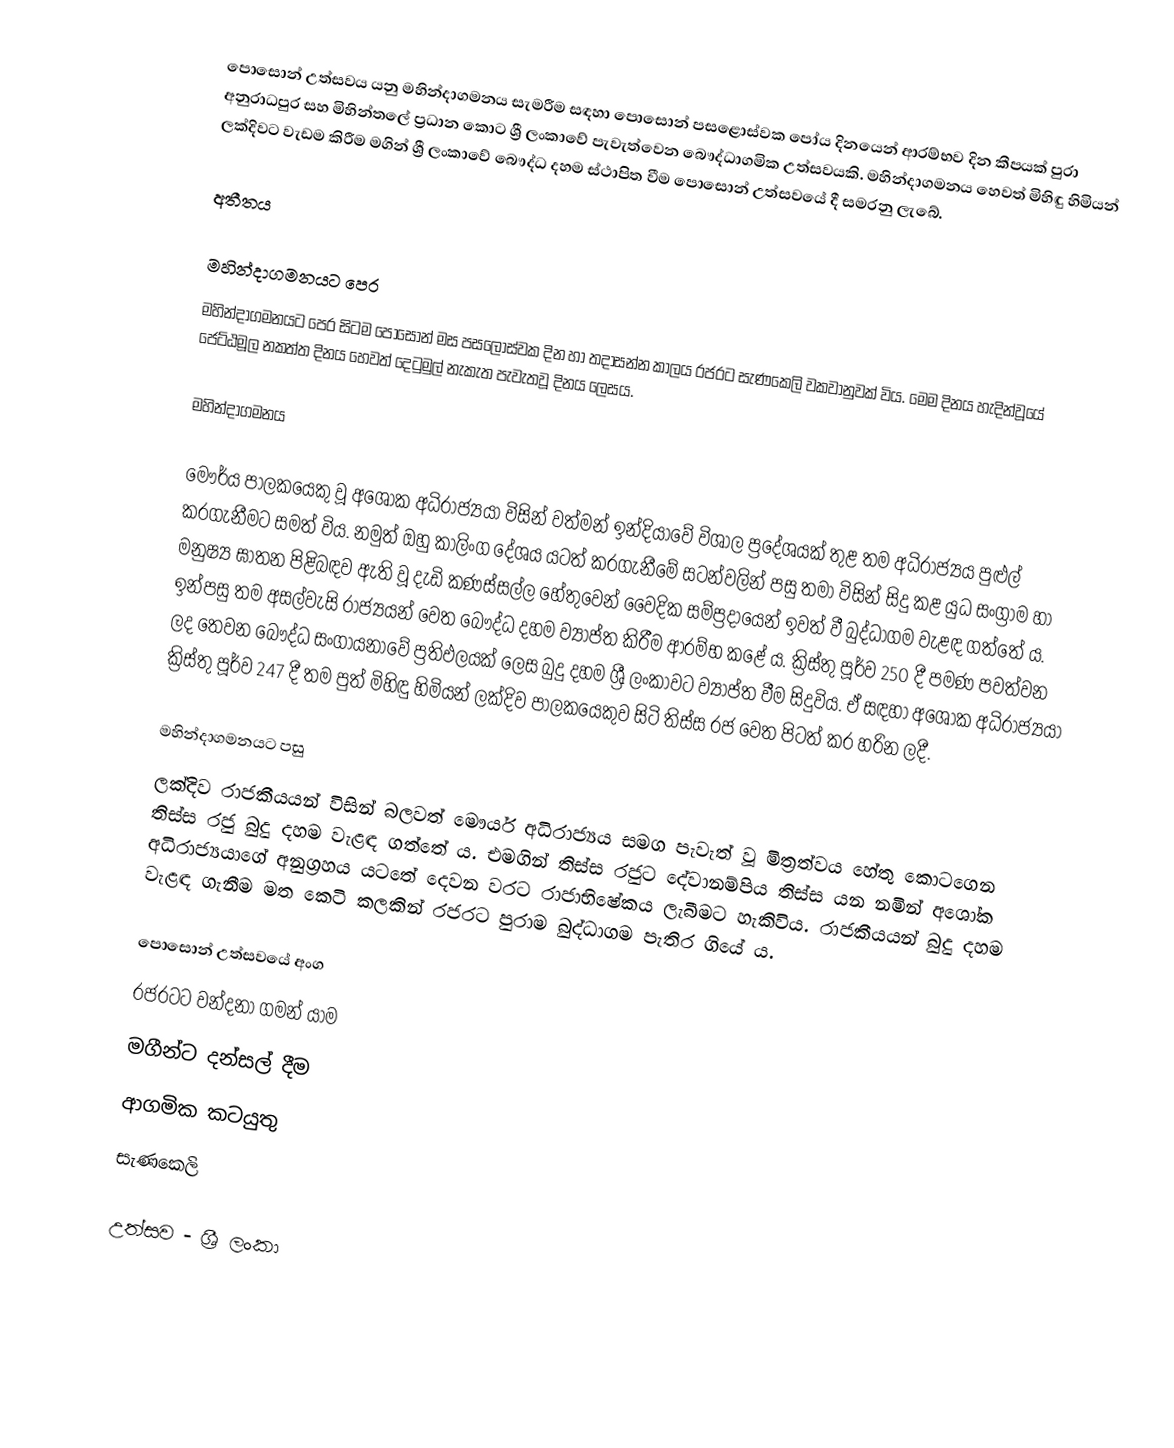
පොසොන් උත්සවය යනු මහින්දාගමනය සැමරීම සඳහා පොසොන් පසළොස්වක පෝය දිනයෙන් ආරම්භව දින කීපයක් පුරා අනුරාධපුර සහ මිහින්තලේ ප්‍රධාන කොට ශ්‍රී ලංකාවේ පැවැත්වෙන බෞද්ධාගමික උත්සවයකි. මහින්දාගමනය හෙවත් මිහිඳු හිමියන් ලක්දිවට වැඩම කිරීම මගින් ශ්‍රී ලංකාවේ බෞද්ධ දහම ස්ථාපිත වීම පොසොන් උත්සවයේ දී සමරනු ලැබේ.

අතීතය

මහින්දාගමනයට පෙර
මහින්දාගමනයට පෙර සිටම  පොසොන් මස පසලොස්වක දින හා තදාසන්න කාලය රජරට සැණකෙලි වකවානුවක් විය. මෙම දිනය හැදින්වූයේ ජෙට්ඨමූල නකත්ත දිනය හෙවත් දෙටුමුල් නැකැත පැවැතවූ දිනය ලෙසය.

මහින්දාගමනය

මෞර්ය පාලකයෙකු වූ අශෝක අධිරාජ්‍යයා විසින් වත්මන් ඉන්දියාවේ විශාල ප්‍රදේශයක් තුළ තම අධිරාජ්‍යය පුළුල් කරගැනීමට සමත් විය. නමුත් ඔහු කාලිංග දේශය යටත් කරගැනීමේ සටන්වලින් පසු තමා විසින් සිදු කළ යුධ සංග්‍රාම හා මනුෂ්‍ය ඝාතන පිළිබඳව ඇති වූ දැඩි කණස්සල්ල හේතුවෙන් වෛදික සම්ප්‍රදායෙන් ඉවත් වී බුද්ධාගම වැළඳ ගත්තේ ය. ඉන්පසු තම අසල්වැසි රාජ්‍යයන් වෙත බෞද්ධ දහම ව්‍යාප්ත කිරීම ආරම්භ කළේ ය. ක්‍රිස්තු පූර්ව 250 දී පමණ පවත්වන ලද තෙවන බෞද්ධ සංගායනාවේ ප්‍රතිඵලයක් ලෙස බුදු දහම ශ්‍රී ලංකාවට ව්‍යාප්ත වීම සිදුවිය. ඒ සඳහා අශෝක අධිරාජ්‍යයා ක්‍රිස්තු පූර්ව 247 දී තම පුත් මිහිඳු හිමියන් ලක්දිව පාලකයෙකුව සිටි තිස්ස රජ වෙත පිටත් කර හරින ලදී.

මහින්දාගමනයට පසු
ලක්දිව රාජකීයයන් විසින් බලවත් මෞර්ය අධිරාජ්‍යය සමග පැවැත් වූ මිත්‍රත්වය හේතු කොටගෙන තිස්ස රජු බුදු දහම වැළඳ ගත්තේ ය. එමගින් තිස්ස රජුට දේවානම්පිය තිස්ස යන නමින් අශෝක අධිරාජ්‍යයාගේ අනුග්‍රහය යටතේ දෙවන වරට රාජාභිෂේකය ලැබීමට හැකිවිය. රාජකීයයන් බුදු දහම වැළඳ ගැනීම මත කෙටි කලකින් රජරට පුරාම බුද්ධාගම පැතිර ගියේ ය.

පොසොන් උත්සවයේ අංග
 රජරටට වන්දනා ගමන් යාම
 මගීන්ට දන්සල් දීම
 ආගමික කටයුතු
 සැණකෙලි

උත්සව - ශ්‍රී ලංකා